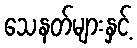
သေနတ်များနှင့်